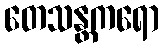
တေသန္တကရော